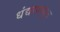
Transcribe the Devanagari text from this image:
धंद्यापासून